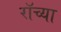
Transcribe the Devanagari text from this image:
रॉच्या